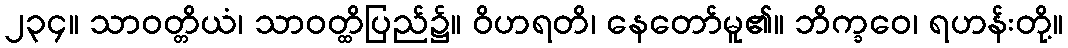
၂၃၄။ သာဝတ္တိယံ၊ သာဝတ္ထိပြည်၌။ ဝိဟရတိ၊ နေတော်မူ၏။ ဘိက္ခဝေ၊ ရဟန်းတို့။